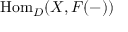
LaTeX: { \mathrm { H o m } } _ { D } ( X , F ( - ) )